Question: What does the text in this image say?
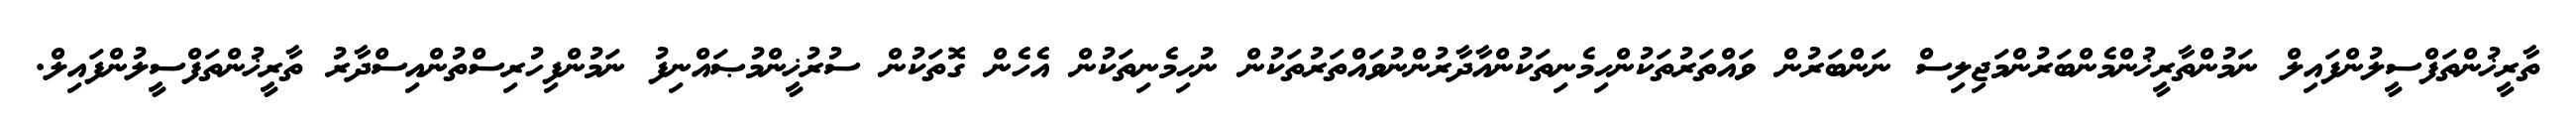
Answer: ތާރީޚުންތަފްސީލުންފައިލް ނަމުންތާރީޚުންމެންބަރުންމަޖިލިސް ނަންބަރުން ވައްތަރުތަކުންހިމެނިތަކުންއާދާރުންނުވައްތަރުތަކުން ނުހިމެނިތަކުން އެހެން ގޮތަކުން ސުރުޚީންމުޞައްނިފު ނަމުންފިހުރިސްތުންއިސްދާރު ތާރީޚުންތަފްސީލުންފައިލް.